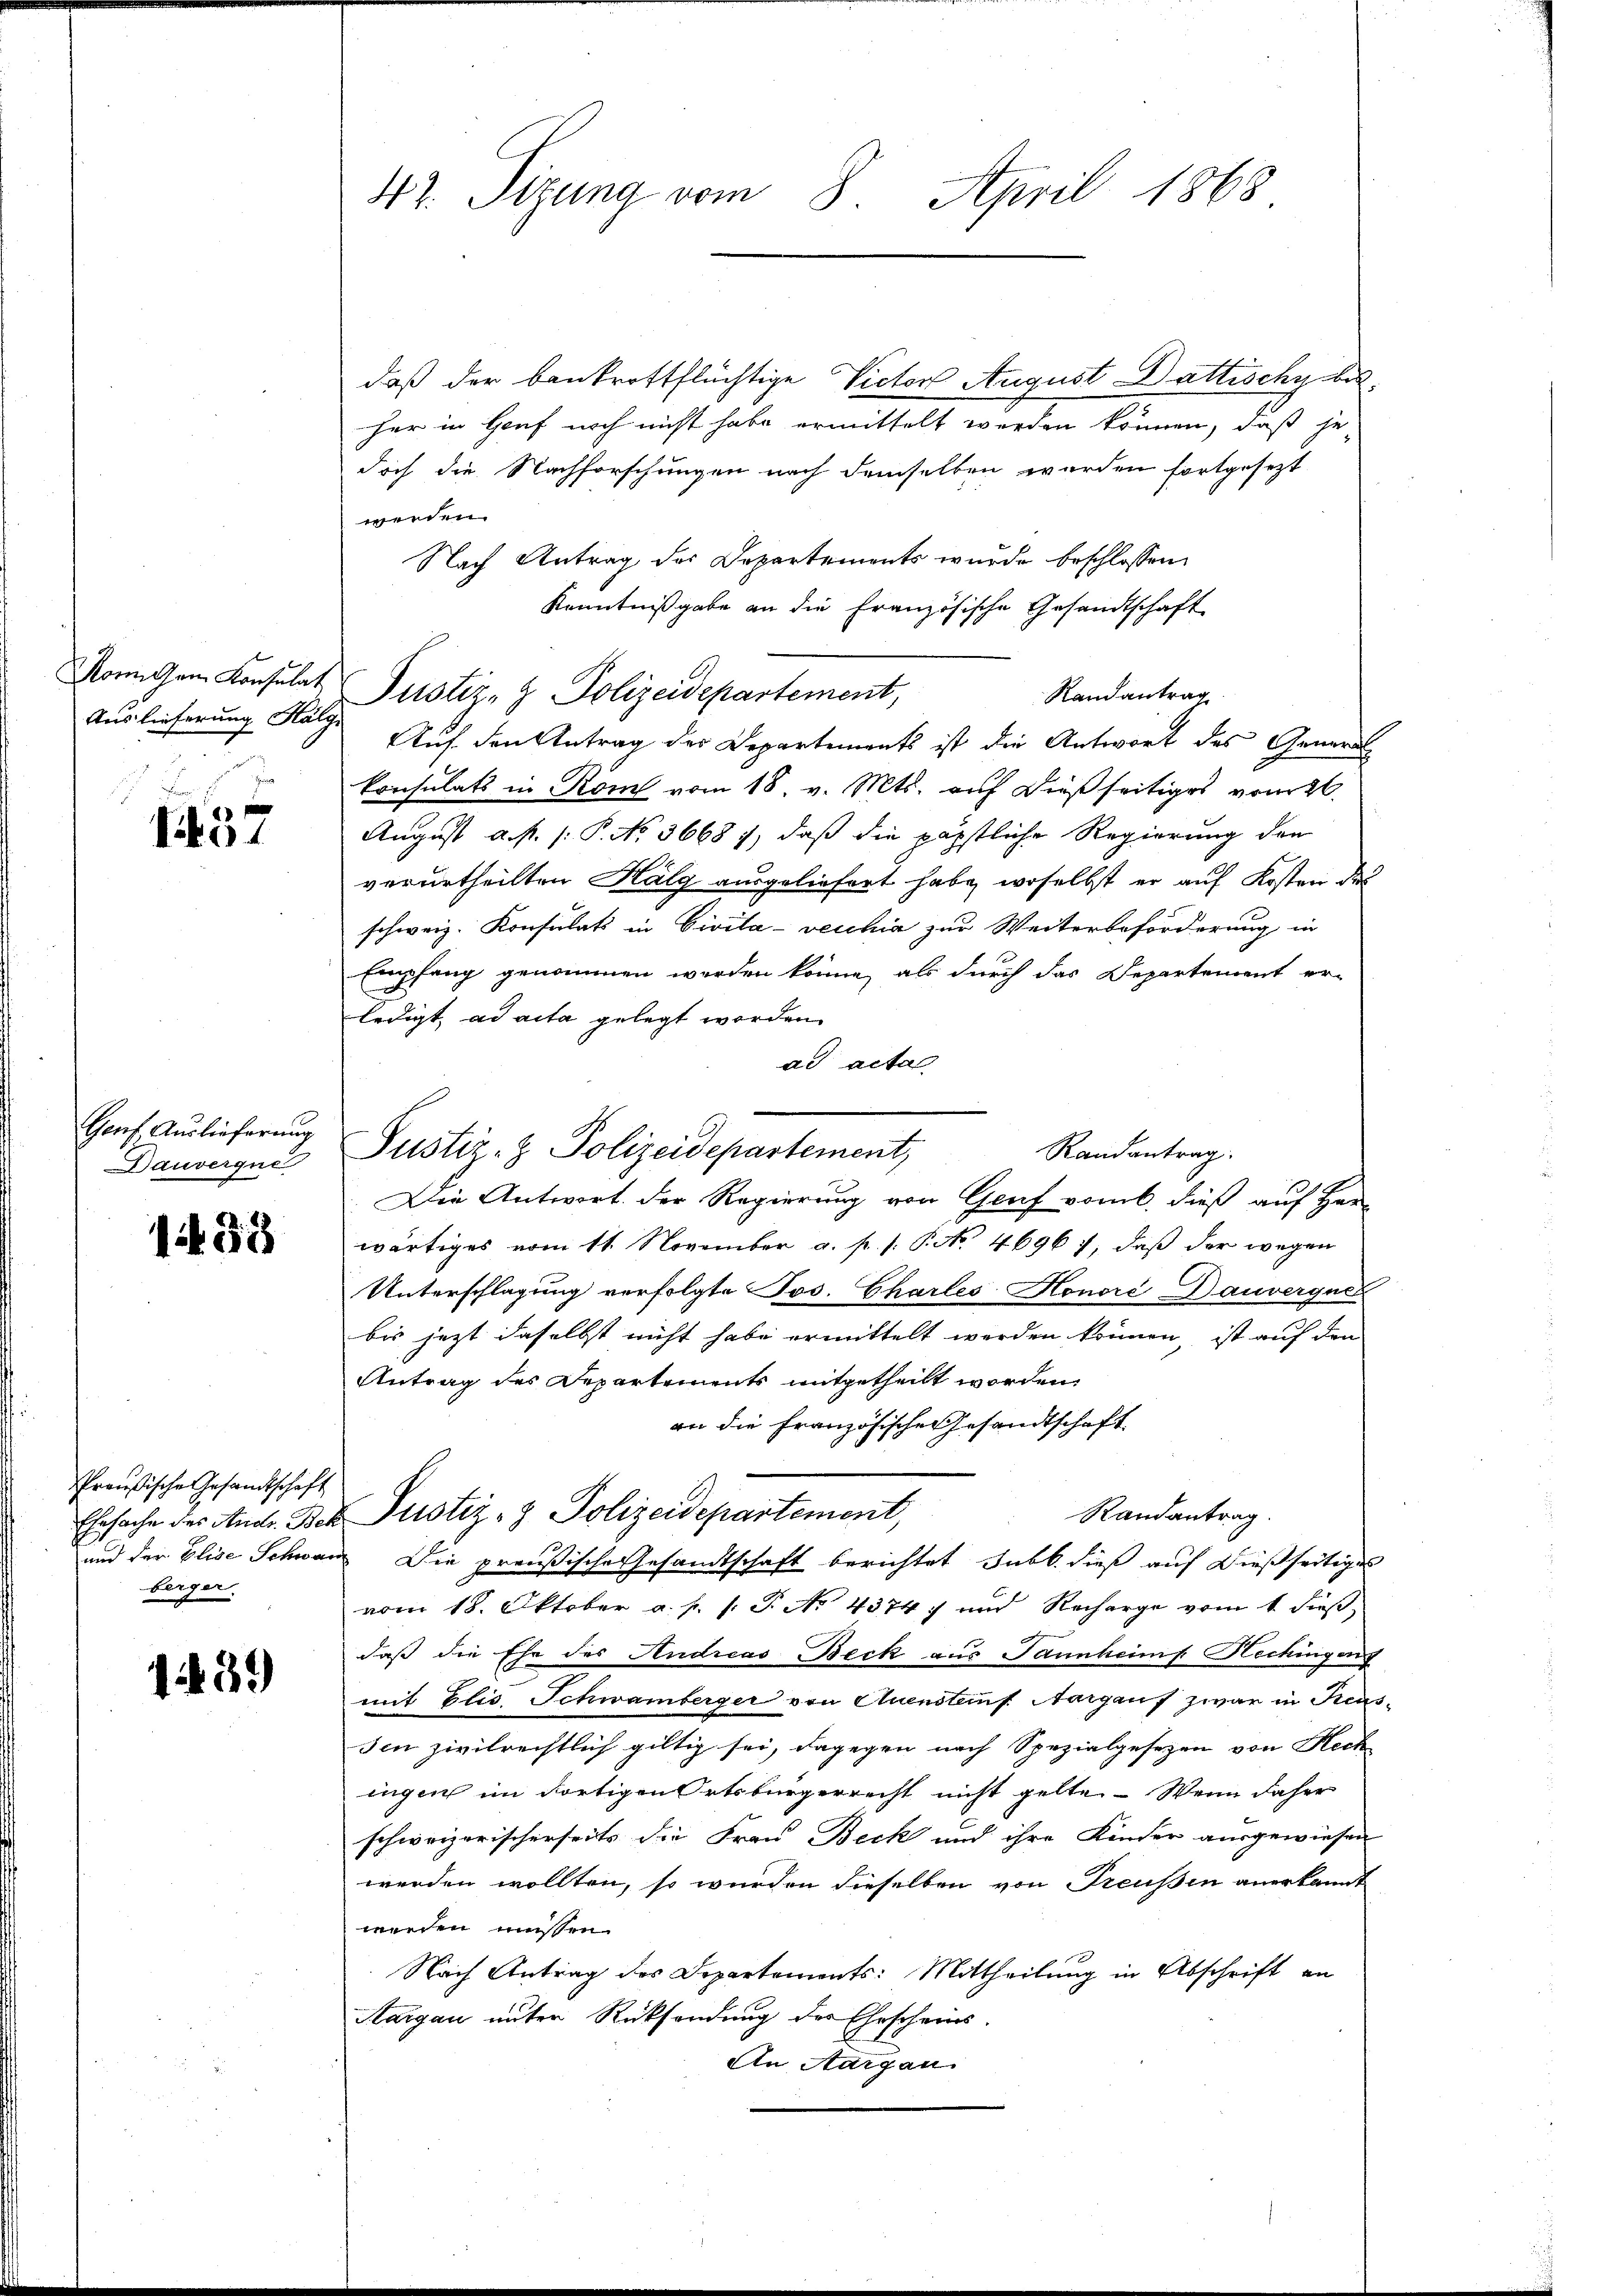
Auslieferung Kalg.

1257

Genf, Auslieferung
Dauvergue

133

Preußische Gesandtschaft
und der Elise Schwa
berger.

139

42. Sizung vom 8. April 1868

daß der bankrottflüchtige Victor August Dattischy besher in Genf noch nicht habe ermittelt werden können, daß je
doch die Nachforschungen nach demselben werden fortgesezt
werden.
Nach Antrag des Departements wurde beschlossen:
Kenntnißgabe an die Französische Gesandtschaft
Randantrag
Auf den Antrag des Departements ist die Antwort des General
konsulats in Rom vom 18. v. Mts. auf dießseitiges vom 26.
August a. f. (: P. No. 3668), daß die päpstliche Regierung den
verurtheilten Halg ausgeliefert habe, woselbst er auf Kosten des
schweiz. Konsulati in Civila-vecchia zur Weiterbeförderung in
Empfang genommen worden könne, als durch das Departement er-
ledigt ad acta gelegt worden.
ad acta
Randantrag.
Die Antwort der Regierung von Genf vom 6. dieß auf Han
wärtiges vom 11. November a. p. s. Pato. 4696 7, daß der wegen
Unterschlagung verfolgte Jos. Chartes Honoré-Dauverguck
bis jezt daselbst nicht habe ermittelt werden können, ist auf den
Antrag des Departements mitgetheilt worden
an die Französische Gesandtschaft
Randantrag.
Ehrsache des And. Der Justiz- & Polizeidepartement,
 Die preußische Gesandtschaft berichtet subb. dieß auf dießseitiges
vom 18. Oktober a. p. s. T. No 4374) und Recharge vom 1. dieß,
daß die Ehe des Andreas Beck aus Tannheimf. Hechingen
mit Elis. Schwamberger von Quensteins Aargauf zwar in Reus¬
Ien zivilrechtlich giltig sei, dagegen nach Spezialgesetzen von Hech
iigen im dortigen Ortsbürgerrecht nicht gelte. – Wenn daher
schweizerischerseits die Frau Beck und ihre Kinder ausgewiesen
werden wollten, so wurden dieselben von Preußen anerkannt
wiesen müssen.
Nach Antrag des Departements: Mittheilung in Abschrift an
Margau unter Rücksendung des Ehescheins-
An Aargau

Ronnigen Konsulat Pustiz- & Polizeidepartement,

Justiz- & Polizeidepartement,